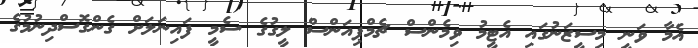
އެމާ ވަނީ މިސީޒަނުގައި އެޓީމު ވިމެންސް ޗެމްޕިއަންސް ލީގުގެ ސެމީ ފައިނަލަށް ގެންގޮސްދިނުމުގެ